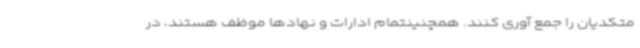
متکدیان را جمع آوری کنند. همچنینتمام ادارات و نهادها موظف هستند، در